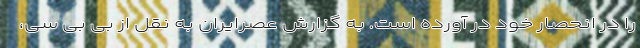
را در انحصار خود در آورده است. به گزارش عصرایران به نقل از بی بی سی،